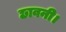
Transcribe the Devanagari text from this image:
छावनी।